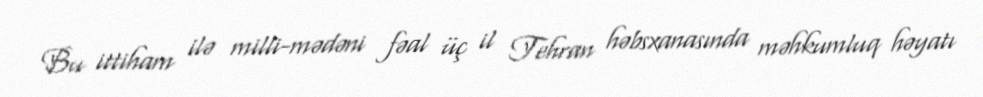
Bu ittiham ilə milli-mədəni fəal üç il Tehran həbsxanasında məhkumluq həyatı